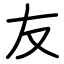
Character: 友